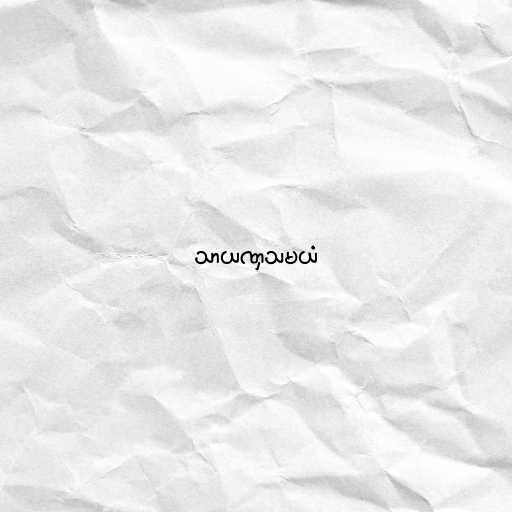
သာယဏှသမယံ